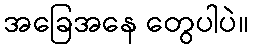
အခြေအနေ တွေပါပဲ။